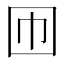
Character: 𡆫